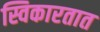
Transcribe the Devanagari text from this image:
स्विकारतात